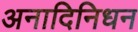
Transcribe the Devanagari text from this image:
अनादिनिधन